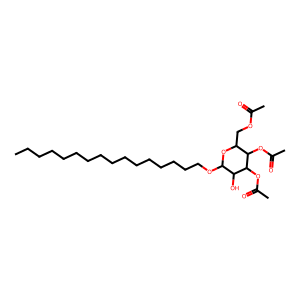
SMILES: CCCCCCCCCCCCCCCCOC1OC(COC(C)=O)C(OC(C)=O)C(OC(C)=O)C1O
Inhibits HIV replication: No